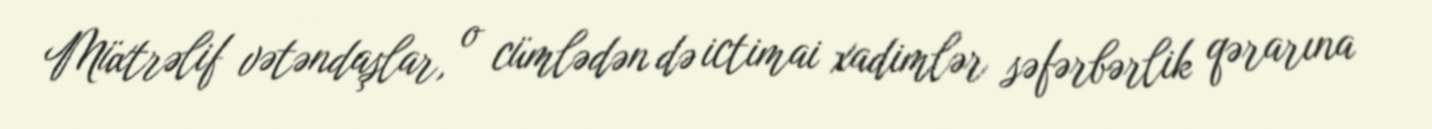
Müxtrəlif vətəndaşlar, o cümlədən də ictimai xadimlər səfərbərlik qərarına